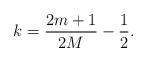
LaTeX: \begin{align*}k=\frac{2m+1}{2M}-\frac{1}{2}.\end{align*}